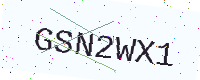
Text: GSN2WX1